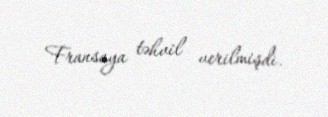
Fransaya təhvil verilmişdi.